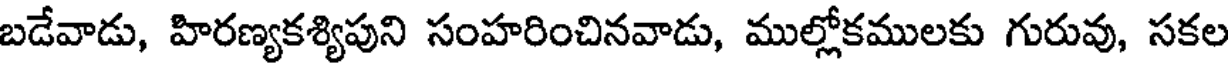
బడేవాడు, హిరణ్యకశ్యిపుని సంహరించినవాడు, ముల్లోకములకు గురువు, సకల